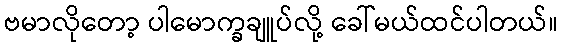
ဗမာလိုတော့ ပါမောက္ခချူပ်လို့ ခေါ်မယ်ထင်ပါတယ်။